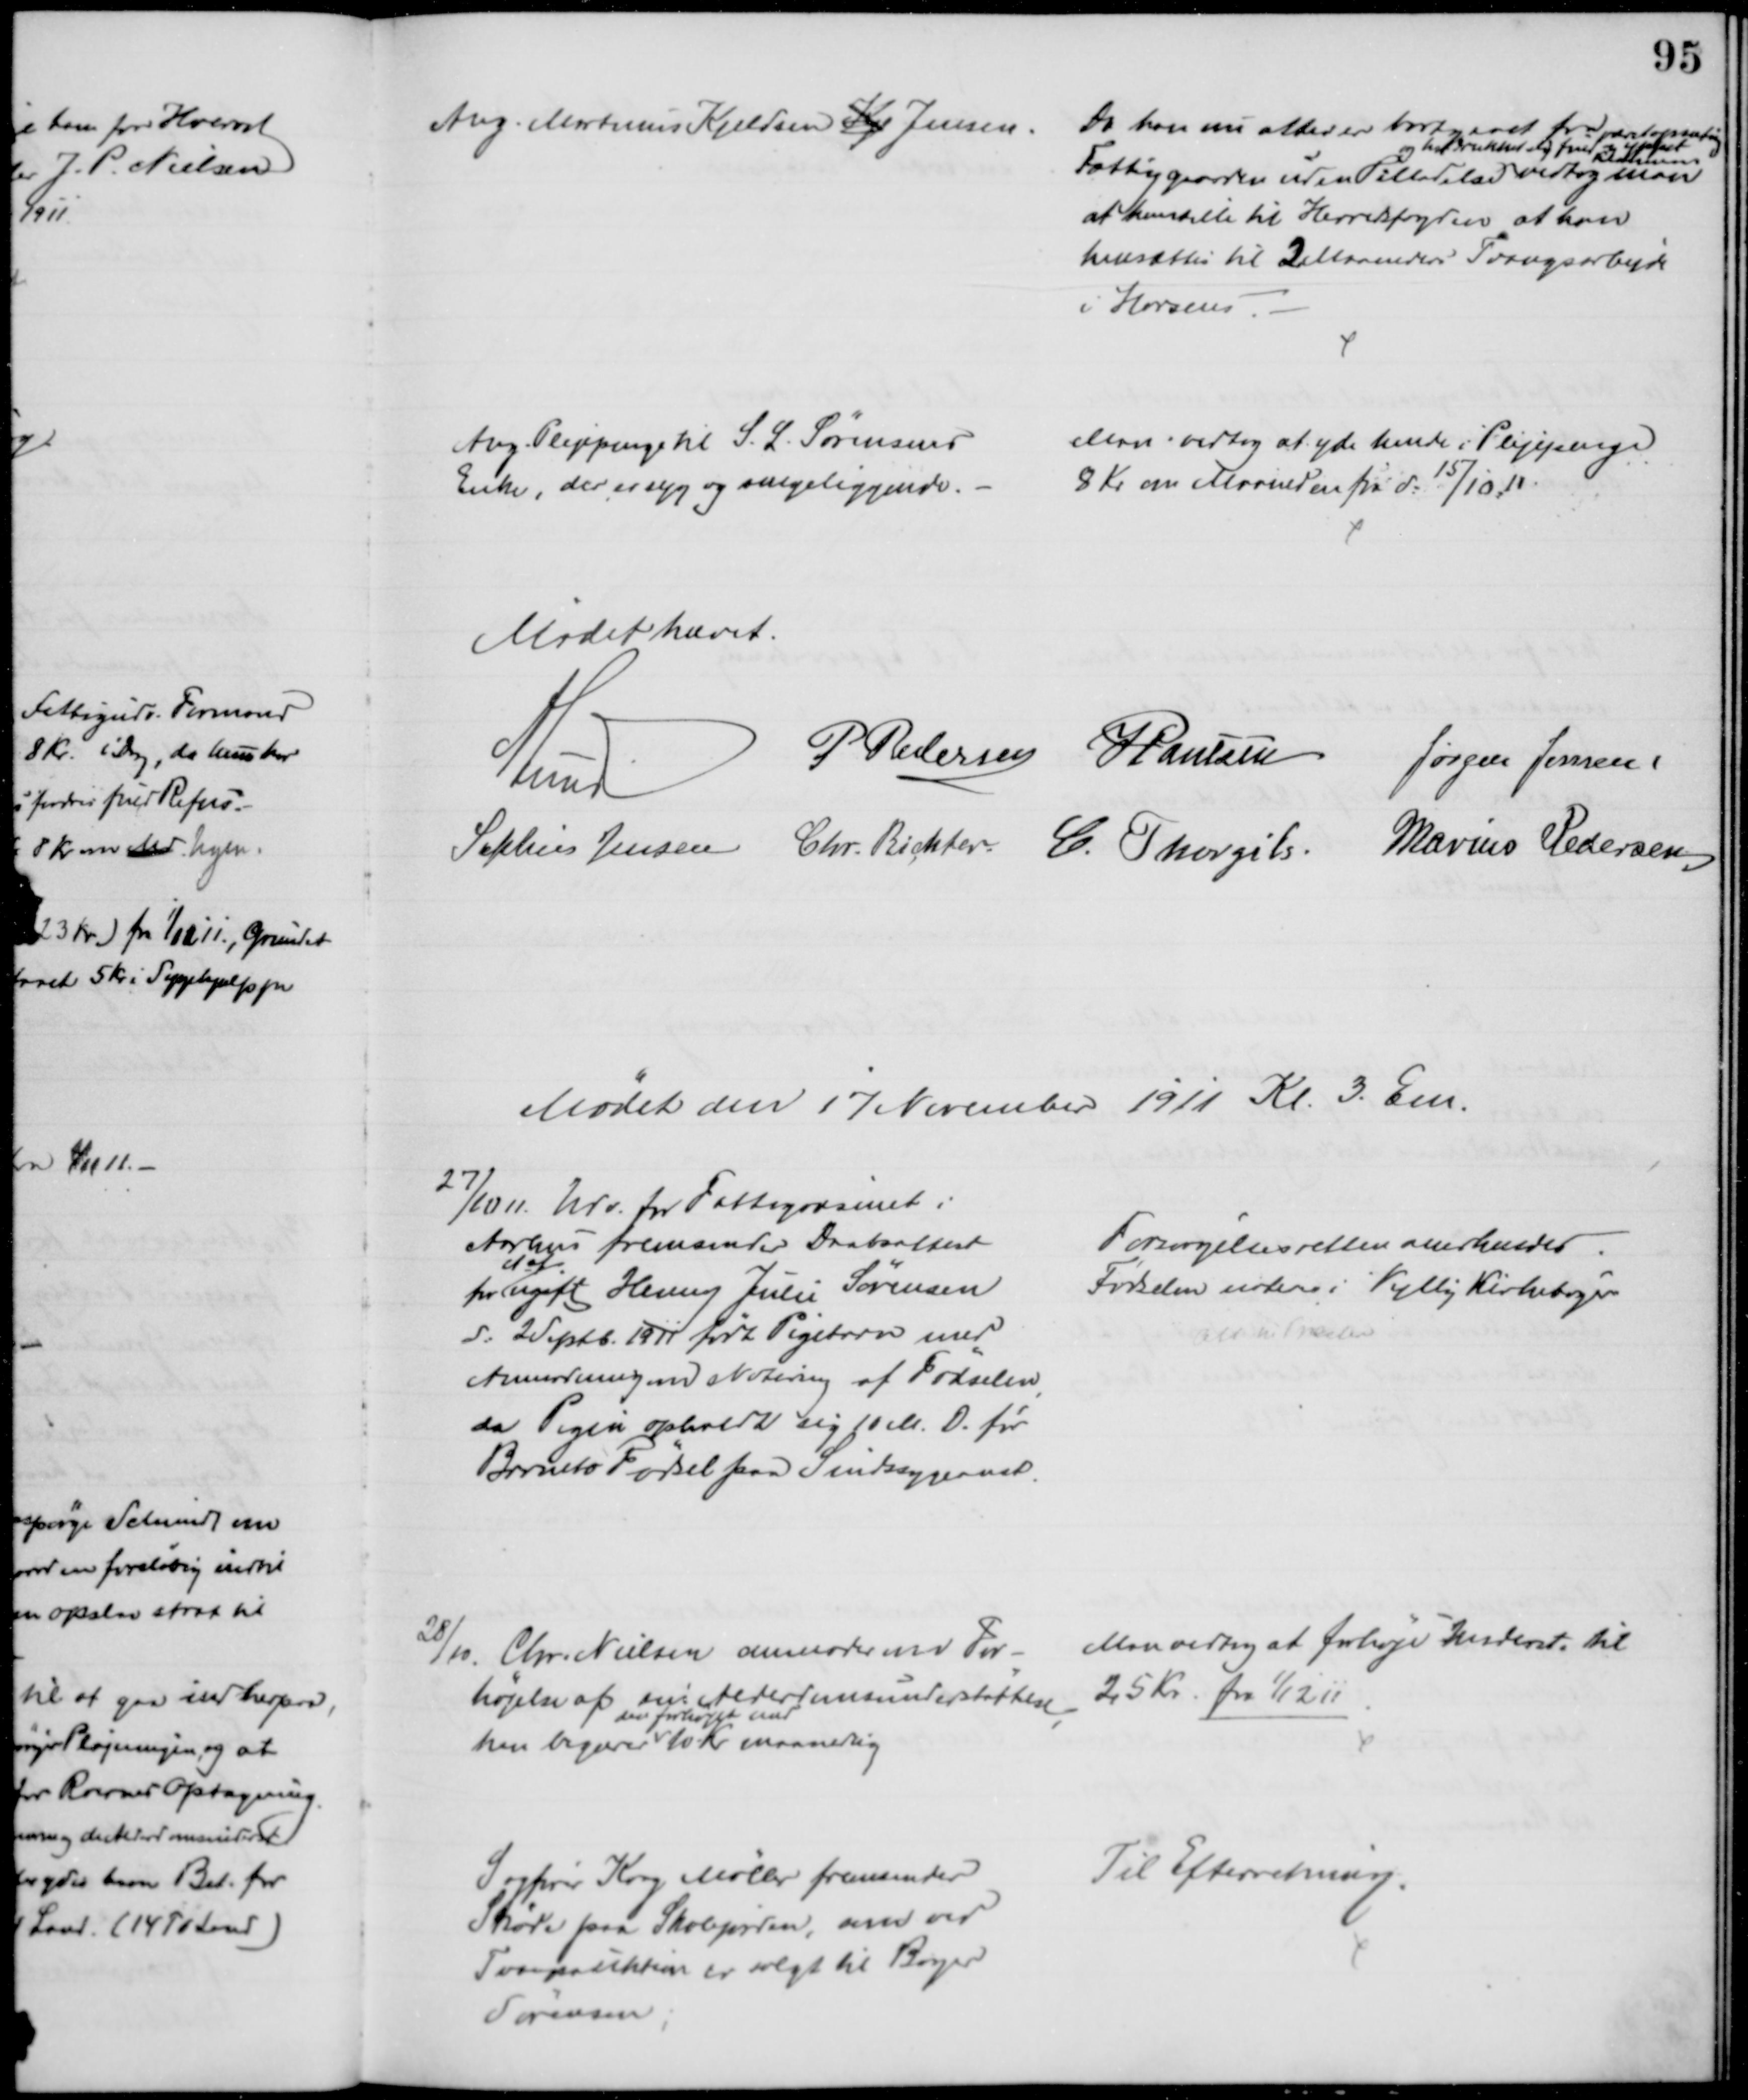
Transskription:
Ang. Martinus Kjeldsen Kje Jensen.
Da han nu atter er bortgaaet fra 
Fattiggaarden uden Tilladelse 
og har drukket sig fuld og 
været opsætsig
yppet
Klammeri
vedtog man
at henstille til Herredsfogden at han
hensættes til 3 Maaneders Tvangsarbejde
i Horsens
Ang. Plejepenge til S. L. Sørensens
Enke, der er syg og sengeliggende.
Man vedtog at yde hende i Plejepenge
8 Kr om Maaneden fra d. 15/10 11.
Mødet hævet.
A Lund
P Pedersen J Poulsen
Jørgen Jensen
Sophus Jensen Chr. Richter C. Thorgils.
Marius Pedersen
Mødet den 17 November 1911 Kl. 3. Em.
27/10 11. Udv. for Fattigvæsenet i
Aarhus fremsender Daabsattest
for 
et af
ugift Henny Julie Sørensen
d: 2 Septb. 1911 født Pigebarn med
Anmodning om Notering af Fødselen,
da Pigen opholdt sig 10 M. D. før
Barnets Fødsel paa Sindsygeanst.
Forsørgelsesretten anerkendes
Fødselen noteres i Vejlby Kirkebøger
Att til Præsten
28/10. Chr. Nielsen anmoder om For-
højelse af sin Alderdomsunderstøttelse
han begærer 
den forhøjet med
10 Kr. maanedlig
Man vedtog at forhøje Underst til
25 Kr. fra 1/12 11
Sagfører Krog Møller fremsender
Skøde paa Skolejorden, som ved
Tvangsauktion er solgt til Bager
Sørensen
Til Efterretning.